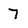
Character: 7